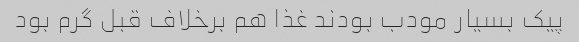
پیک بسیار مودب بودند غذا هم برخلاف قبل گرم بود